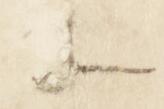
等